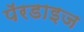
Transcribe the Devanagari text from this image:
पॅरडाइज